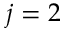
j = 2